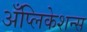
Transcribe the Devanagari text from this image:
अँप्लिकेशन्स